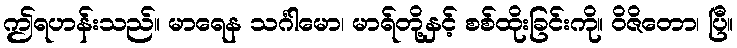
ဤရဟန်းသည်။ မာရေန သင်္ဂါမော၊ မာရ်တို့နှင့် စစ်ထိုးခြင်းကို။ ဝိဇိတော၊ ပြီ။